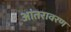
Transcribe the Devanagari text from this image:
आंतरावरण